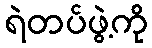
ရဲတပ်ဖွဲ့ကို